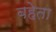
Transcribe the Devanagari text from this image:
बहेता